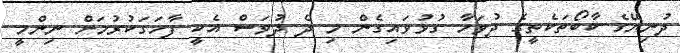
ދުނިޔޭގެ ކާބޯތަކެތީގެ ދުވަހާ ގުޅުވައިގެން މި ދެ ދުވަސް އެކީ ފާހަގަކުރުމަށް ނިންމީ